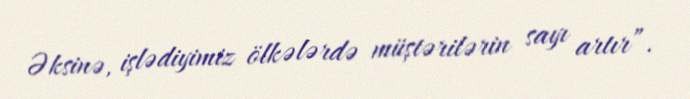
Əksinə, işlədiyimiz ölkələrdə müştərilərin sayı artır”.